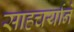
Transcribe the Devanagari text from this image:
साहचर्याने